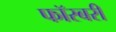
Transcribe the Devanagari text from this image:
फॉरबरी